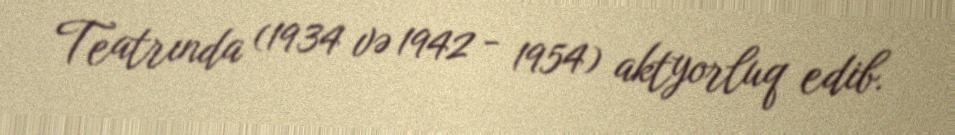
Teatrında (1934 və 1942 - 1954) aktyorluq edib.